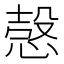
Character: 愨